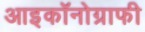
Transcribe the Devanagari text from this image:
आइकॉनोग्राफी